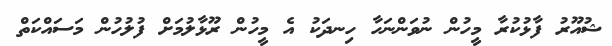
ޝުއޫރު ފާޅުކުރާ މީހުން ނުވަންނަހާ ހިނދަކު އެ މީހުން ރޫޅާލުމަށް ފުލުހުން މަސައްކަތް